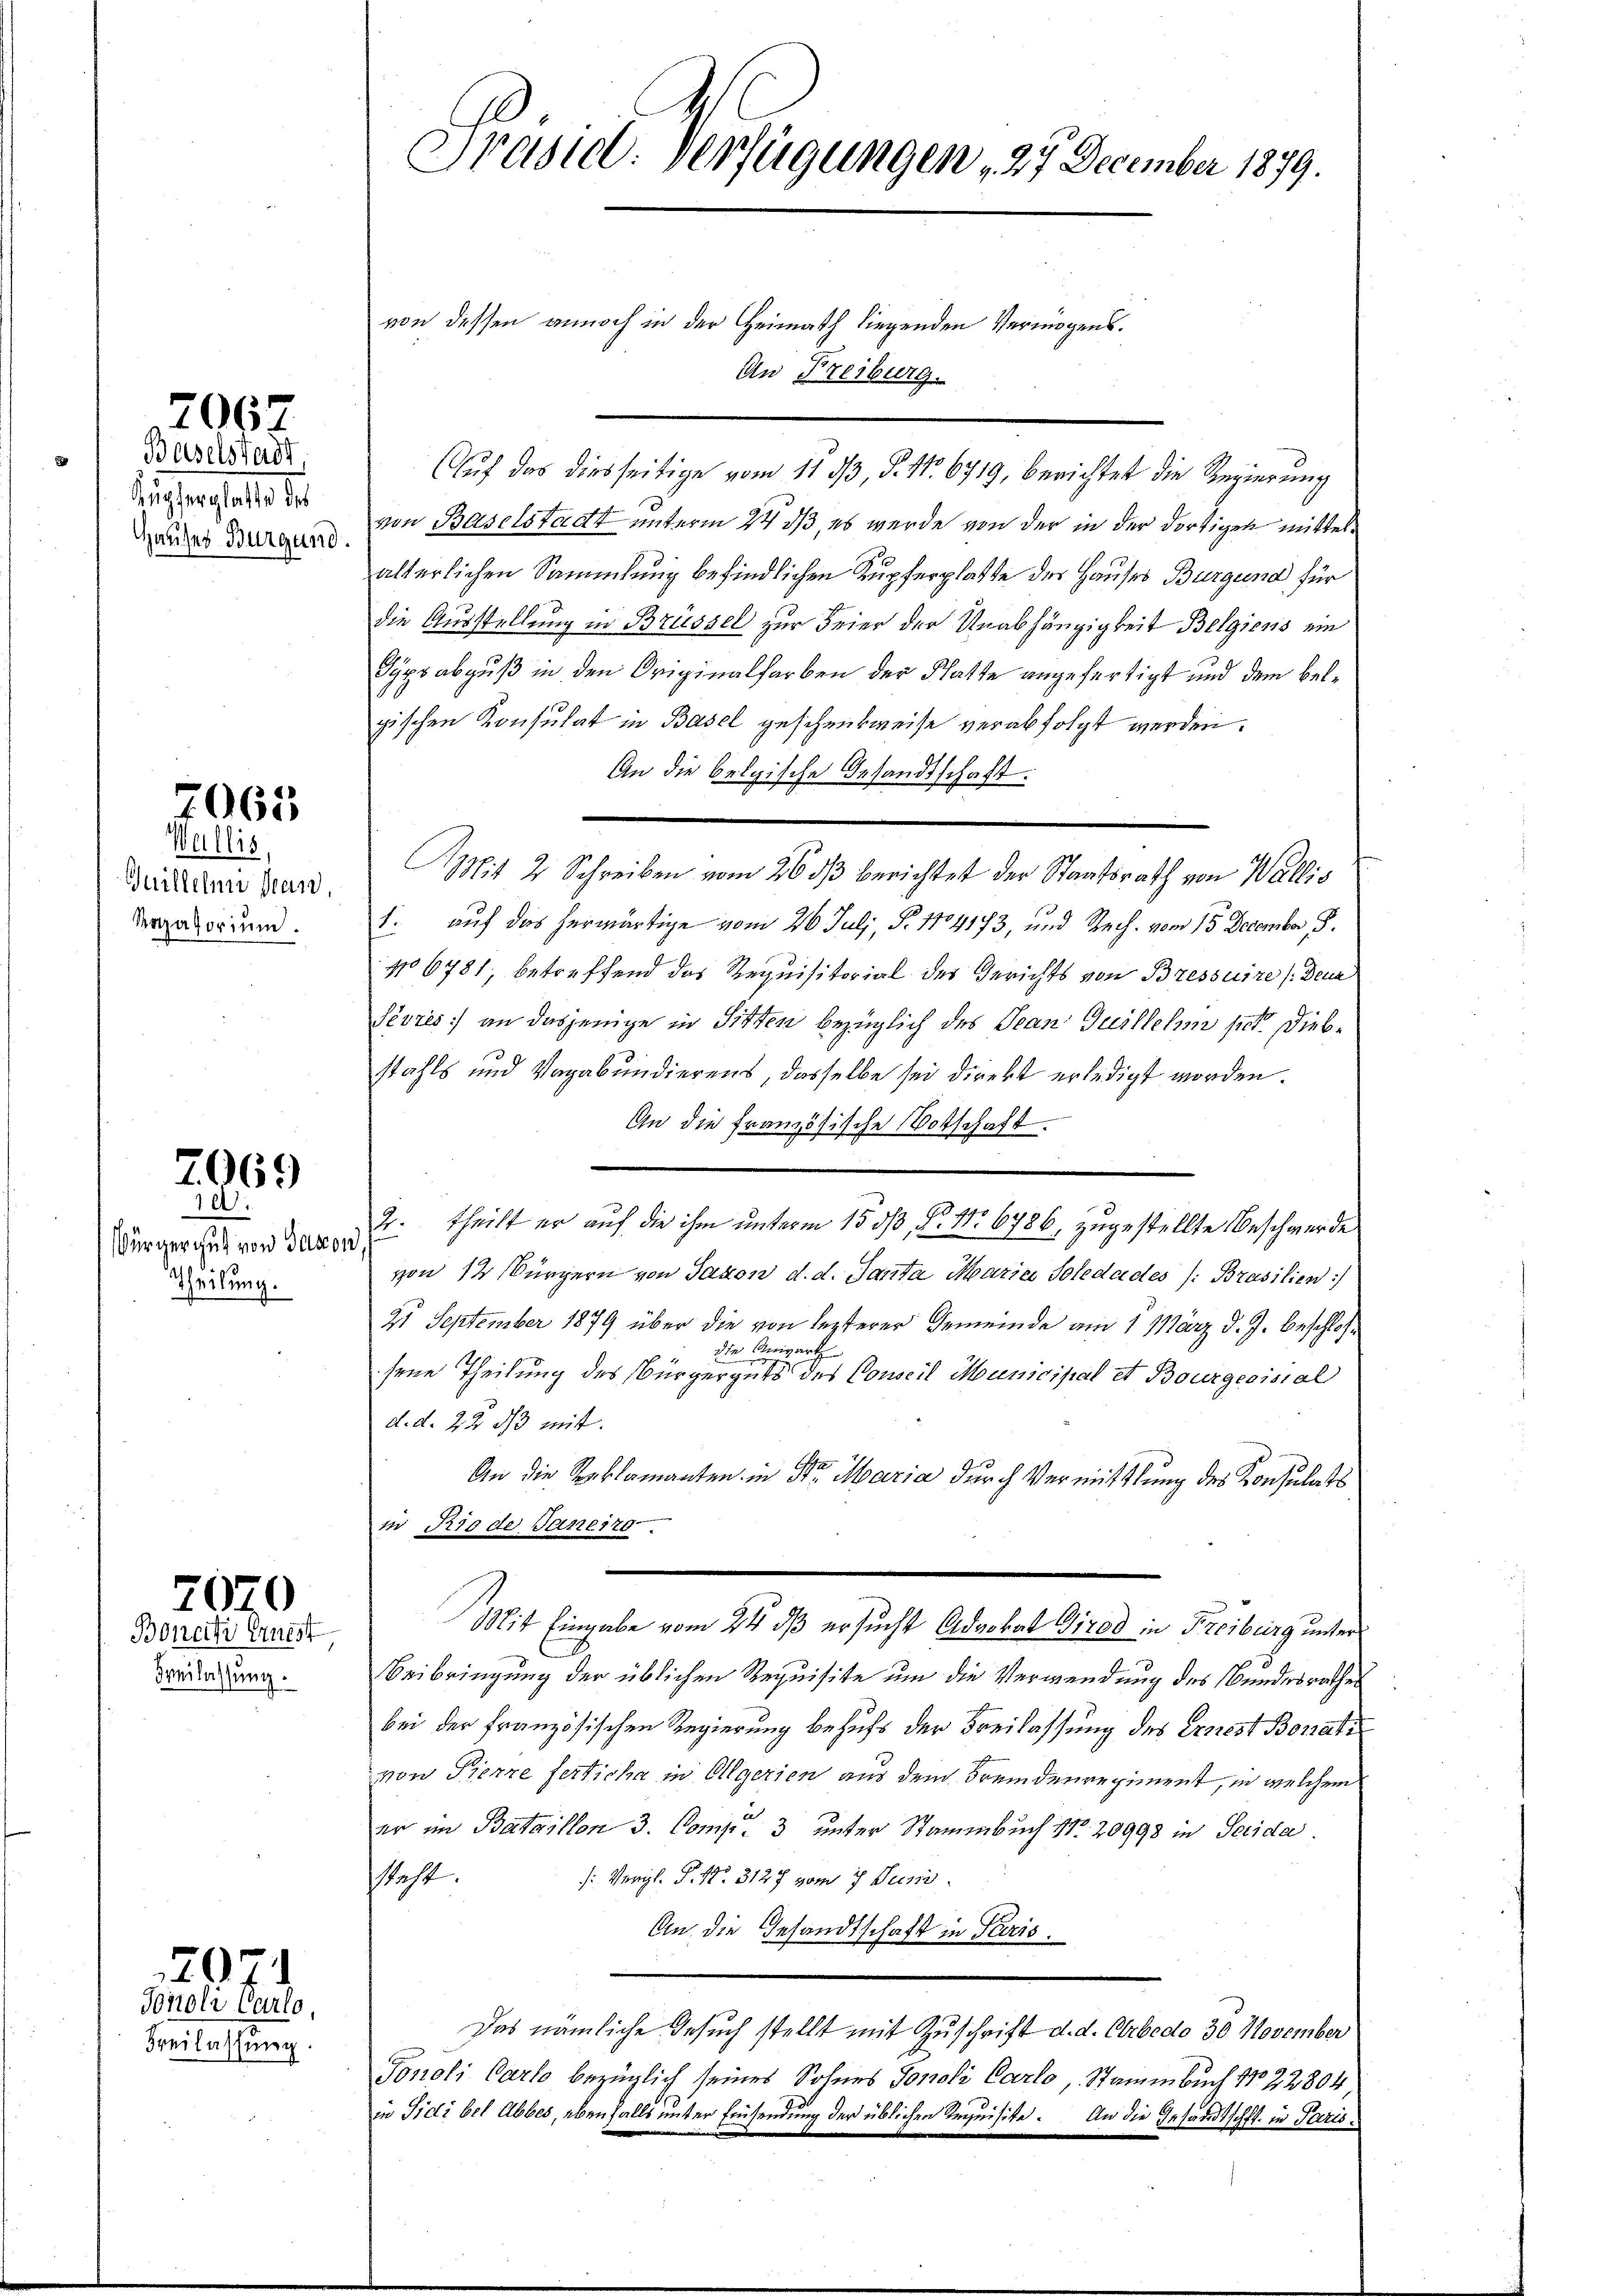
2067

Baselstadt.
dienstalt de
Hauses Burgund

7065

Wallis,
Juillelmi san
Razatorium.

7069
d

Würgergut von Gason
Theilung.

Bonetti Ernest
Freilassung.

2070

2071
Tonoli Carlo,

Freilassung

Präsiel. Verfügungen, 27 December 1879.

von dessen annoch in der Heimath liegenden Vermögens¬
An Freiburg.
Auf das diesseitige vom 11. 33, P. Nr. 6719, berichtet die Regierung
von Baselstadt unterm 24. ds, es wurde von der in der dortigen mittelälterlichen Sammlung befindlichen Kupferplatte des Hauses Burgund für
die Ausstellung in Brüssel zur Feier der Unabhängigkeit Belgiens ein
Sypsabguß in den Originalfarben der Statte angefertigt und dem belgischen Konsulat in Basel geschenkweise verabfolgt werden.
An die belgische Gesandtschaft:
Mit 2 Schreiben vom 26 dß berichtet der Staatsrath von Wallis
1. auf das herwärtige vom 26. Juli, S. 1104173, und Rech. vom 15. December, S.
No 6781, betreffend das Requisitorial des Gerichts von Bressuire (denn
Pèvres) an dasjenige in Sitten bezüglich des Jean Guillehm st. Diebstahls und Vagabundierens, dasselbe sei direkt erledigt worden.
An die Französische Votschaft.
2. theilt er auf die ihm unterm 15. dß, Nr. No 6786, zugestellte Beschwerde
von 12 Bürgern von Saxon d. d. Santa Maria Soleda des /: Brasilien)
21 September 1879 über die von lezterer Gemeinde am 1. März d. J. beschlosdie Angart
sene Theilung des Bürgerguts des Conseil Municipal et Bourgeoisial
d. d. 22. ds mit.
An die Seeklamanten in Str. Maria durch Vermittlung des Konsulats
in Rio de Janeit
Mit Eingabe vom 24 dß ersucht Advokat Girod in Freiburg unter
Beibringung der üblichen Requisite um die Verwendung des Bundesrathes
bei der Französischen Regierung behufs der Freilassung des Ernest Bonati
von Pierre fertiche in Olgerien aus dem Fremdenregiment, in welchem
er im Bataillon 3. Comp. 3 unter Stammbuch No. 20998 in Serida.
s: Vergl. P. Nr. 3127 vom 7. Juni
steht.
An die Gesandtschaft in Paris.
Das nämliche Gesuch stellt mit Zuschrift d. d. Crbedo 30. November
Tonoli Carlo bezüglich seines Sohnes Jonoli Carlo, Stammbuch 122804
in Sidi bel Abbes, ebenfalls unter Einsendung der üblichen Requisite. An die Gesandtschft in Paris¬